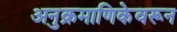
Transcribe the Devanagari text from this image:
अनुक्रमाणिकेवरून